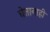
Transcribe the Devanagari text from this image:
घेतानाही